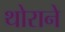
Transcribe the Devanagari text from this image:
थोराने